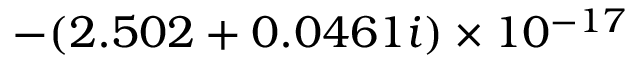
- ( 2 . 5 0 2 + 0 . 0 4 6 1 i ) \times 1 0 ^ { - 1 7 }